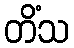
တိံသ